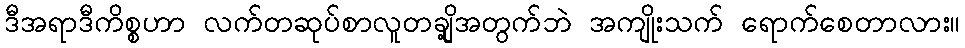
ဒီအရာဒီကိစ္စဟာ လက်တဆုပ်စာလူတချို့အတွက်ဘဲ အကျိုးသက် ရောက်စေတာလား။